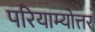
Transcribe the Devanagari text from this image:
परियाम्योत्तर